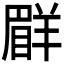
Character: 𦎨